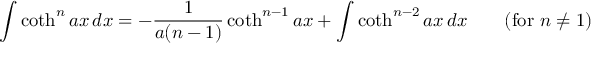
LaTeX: \int \coth ^ { n } a x \, d x = - { \frac { 1 } { a ( n - 1 ) } } \coth ^ { n - 1 } a x + \int \coth ^ { n - 2 } a x \, d x \qquad { \mathrm { ( f o r ~ } } n \neq 1 { \mathrm { ) } }